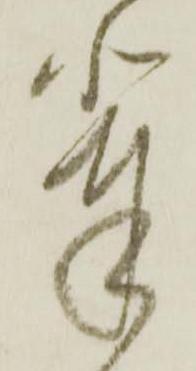
輩